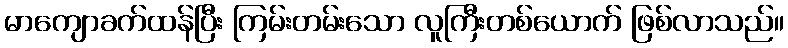
မာကျောခက်ထန်ပြီး ကြမ်းတမ်းသော လူကြီးတစ်ယောက် ဖြစ်လာသည်။